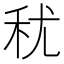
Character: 𮂱